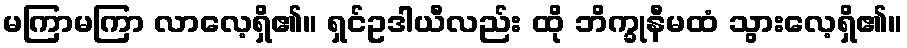
မကြာမကြာ လာလေ့ရှိ၏။ ရှင်ဥဒါယီလည်း ထို ဘိက္ခုနီမထံ သွားလေ့ရှိ၏။